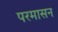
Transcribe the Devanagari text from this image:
परमासन